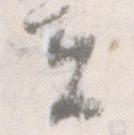
夫